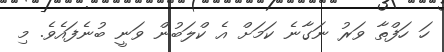
ހަ ހަފްތާ ވަރު ނަގާނެ ކަމަށް އެ ކްލަބުން ވަނީ ބުނެފައެވެ. މި